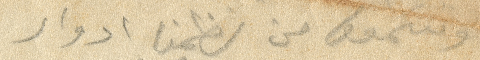
وسمعت من نظمنا أدوار